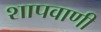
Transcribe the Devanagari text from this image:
शापवाणी